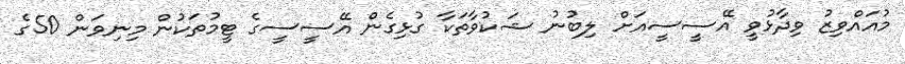
މުއައްވިޒު ވިދާޅުވީ އޭސީސީއަށް ލިބުނު ޝަކުވާތަކާ ގުޅިގެން އޭސީސީގެ ޓީމުތަކުން މިނިވަން 50ގެ